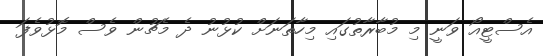
އެސްޓީއޯ ވަނީ މި މުބާރާތުގައި މިހާތަނަށް ކުޅުނު ދެ މެޗުން ވެސް މޮޅުވެފަ